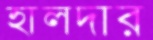
হালদার